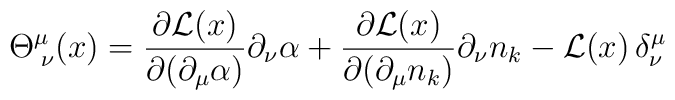
\Theta^\mu_{\;\nu}(x) = \frac{\partial {\cal L}(x)}{\partial (\partial_\mu \alpha)} \partial_\nu \alpha + \frac{\partial {\cal L}(x)}{\partial (\partial_\mu n_k)} \partial_\nu n_k - {\cal L}(x)\,\delta^\mu_\nu